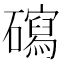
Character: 𥖽